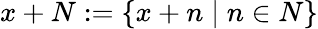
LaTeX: x+N:=\{ x+n\mid n\in N\}